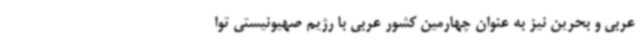
عربی و بحرین نیز به عنوان چهارمین کشور عربی با رژیم صهیونیستی توا